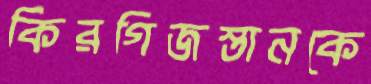
কিরগিজস্তানকে